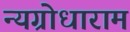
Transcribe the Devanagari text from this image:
न्यग्रोधाराम